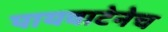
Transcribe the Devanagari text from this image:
पायवाटेनेच